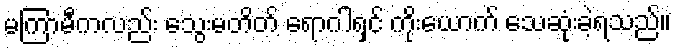
မကြာမီကလည်း သွေးမတိတ် ရောဂါရှင် ကိုးယောက် သေဆုံးခဲ့ရသည်။